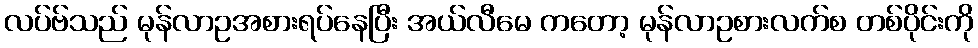
လပ်ဗ်သည် မုန်လာဥအစားရပ်နေပြီး အယ်လီမေ ကတော့ မုန်လာဥစားလက်စ တစ်ပိုင်းကို